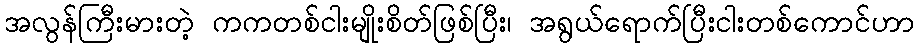
အလွန်ကြီးမားတဲ့ ကကတစ်ငါးမျိုးစိတ်ဖြစ်ပြီး၊ အရွယ်ရောက်ပြီးငါးတစ်ကောင်ဟာ